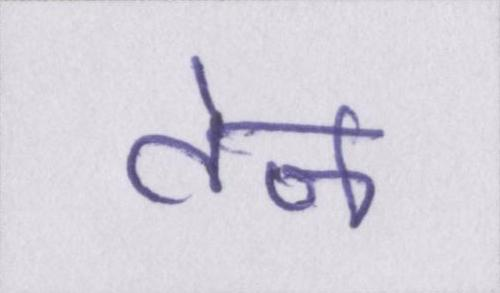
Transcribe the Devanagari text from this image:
तेज